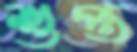
শুপ্ত